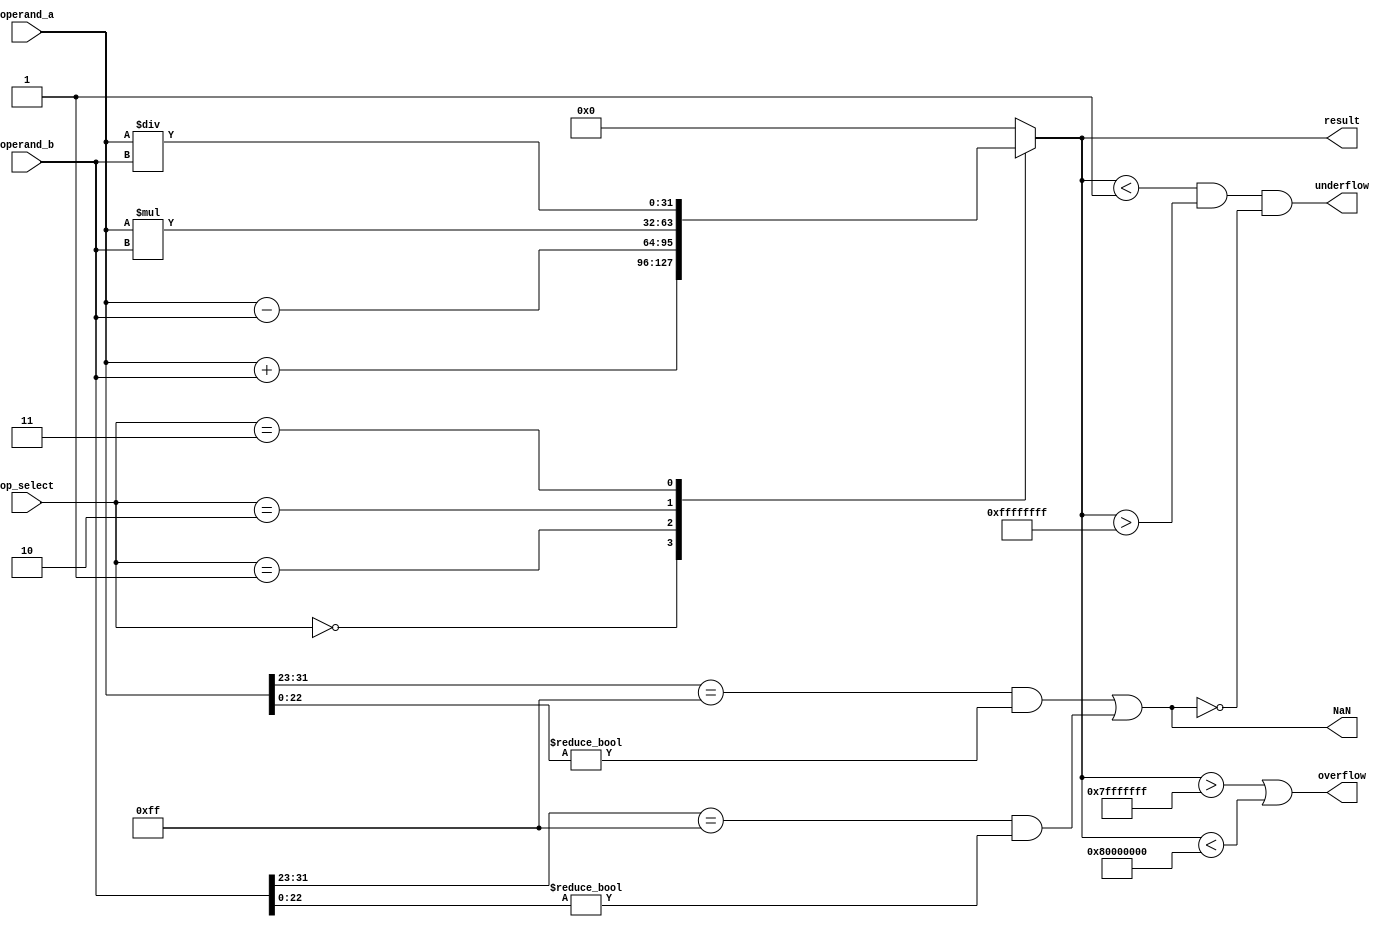
module floating_point_alu (
    input wire [31:0] operand_a,
    input wire [31:0] operand_b,
    input wire [2:0] op_select,
    output wire [31:0] result,
    output wire overflow,
    output wire underflow,
    output wire NaN
);

wire [31:0] addition_result;
wire [31:0] subtraction_result;
wire [63:0] multiplication_result;
wire [31:0] division_result;

//Adder block
assign addition_result = operand_a + operand_b;

//Subtractor block
assign subtraction_result = operand_a - operand_b;

//Multiplier block
assign multiplication_result = operand_a * operand_b;

//Divider block
assign division_result = operand_a / operand_b;

//Control signals logic
always @(*)
begin
    case(op_select)
        3'b000: result = addition_result;
        3'b001: result = subtraction_result;
        3'b010: result = multiplication_result[31:0];
        3'b011: result = division_result;
        default: result = 32'b0;
    endcase
end

//Status flags logic
assign overflow = (result > 32'h7FFFFFFF) || (result < -32'h80000000);
assign underflow = (result < 32'h00000001 && result > -32'h00000001) && !NaN;
assign NaN = (operand_a[31:23] == 8'b11111111 && operand_a[22:0] != 0) || 
            (operand_b[31:23] == 8'b11111111 && operand_b[22:0] != 0);

endmodule